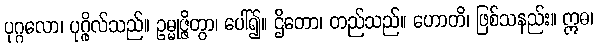
ပုဂ္ဂလော၊ ပုဂ္ဂိုလ်သည်။ ဥမ္မုဇ္ဇိတွာ၊ ပေါ်၍။ ဌိတော၊ တည်သည်။ ဟောတိ၊ ဖြစ်သနည်း။ ဣဓ၊